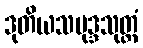
ဒုတိယသမုဒ္ဒသုတ္တံ